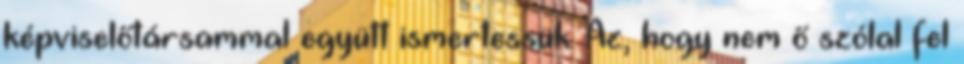
képviselőtársammal együtt ismertessük. Az, hogy nem ő szólal fel